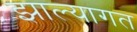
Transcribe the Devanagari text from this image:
झाल्यागत